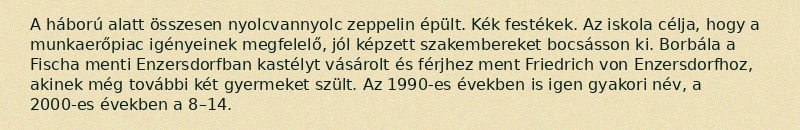
A háború alatt összesen nyolcvannyolc zeppelin épült. Kék festékek. Az iskola célja, hogy a munkaerőpiac igényeinek megfelelő, jól képzett szakembereket bocsásson ki. Borbála a Fischa menti Enzersdorfban kastélyt vásárolt és férjhez ment Friedrich von Enzersdorfhoz, akinek még további két gyermeket szült. Az 1990-es években is igen gyakori név, a 2000-es években a 8–14.